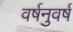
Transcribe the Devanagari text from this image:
वर्षनुवर्ष